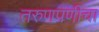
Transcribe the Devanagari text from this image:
तरुणपणीचा